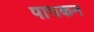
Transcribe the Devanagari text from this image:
पाचकन